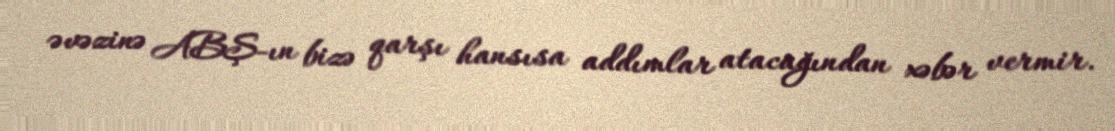
əvəzinə ABŞ-ın bizə qarşı hansısa addımlar atacağından xəbər vermir.